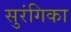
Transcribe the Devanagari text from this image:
सुरंगिका